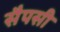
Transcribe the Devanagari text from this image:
सैपसी